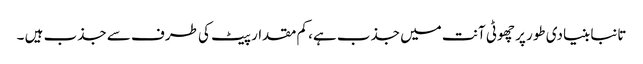
تانبا بنیادی طور پر چھوٹی آنت میں جذب ہے، کم مقدار پیٹ کی طرف سے جذب ہیں ۔